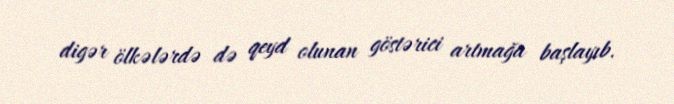
digər ölkələrdə də qeyd olunan göstərici artmağa başlayıb.